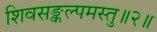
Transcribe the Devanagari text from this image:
शिवसङ्कल्पमस्तु॥२॥